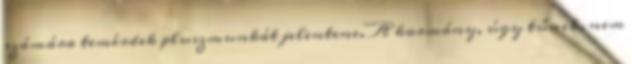
számára temérdek pluszmunkát jelentene. A kormány, úgy tűnik, nem